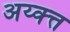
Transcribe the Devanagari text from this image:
अय्क्त्त